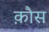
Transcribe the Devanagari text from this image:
क़ौस